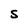
Character: S